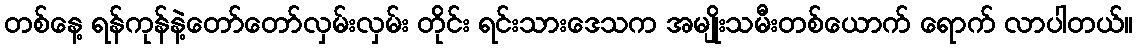
တစ်နေ့ ရန်ကုန်နဲ့တော်တော်လှမ်းလှမ်း တိုင်း ရင်းသားဒေသက အမျိုးသမီးတစ်ယောက် ရောက် လာပါတယ်။